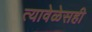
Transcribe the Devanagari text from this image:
त्यावेळेसही